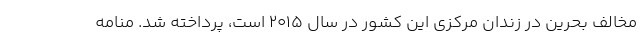
مخالف بحرین در زندان مرکزی این کشور در سال ۲۰۱۵ است، پرداخته شد. منامه